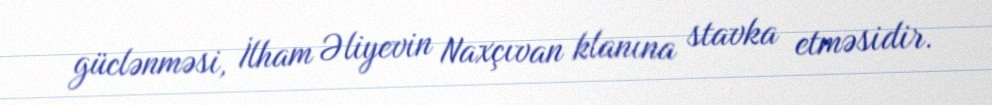
güclənməsi, İlham Əliyevin Naxçıvan klanına stavka etməsidir.